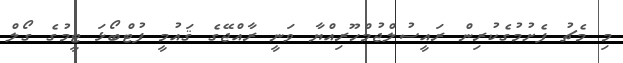
މި މެޗު ފެށުމުގެކުރިން ރައީސުލްޖުމްހޫރިއްޔާ ވަނީ ރާއްޖޭގެ ޤައުމީ ފުޓްބޯޅަ ޓީމުގެ ގޯލް